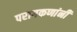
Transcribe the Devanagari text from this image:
परागकणांनी